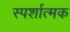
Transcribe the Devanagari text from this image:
स्पर्शात्मक